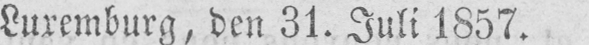
Luxemburg, den 31. Juli 1857.